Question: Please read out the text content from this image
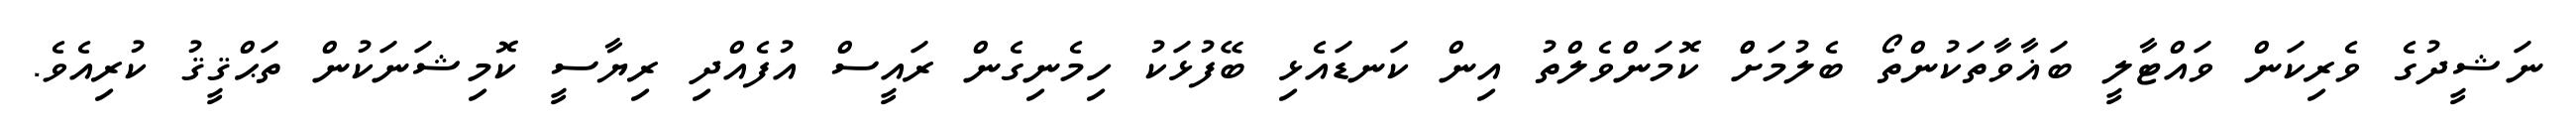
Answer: ނަޝީދުގެ ވެރިކަން ވައްޓާލީ ބަޣާވާތަކުންތޯ ބެލުމަށްް ކޮމަންވެލްތު އިން ކަނޑައެޅި ބޭފުޅަކު ހިމެނިގެން ރައީސް އުފެއްދި ރިޔާސީ ކޮމިޝަނަކުން ތަޙްޤީޤު ކުރިއެވެ.